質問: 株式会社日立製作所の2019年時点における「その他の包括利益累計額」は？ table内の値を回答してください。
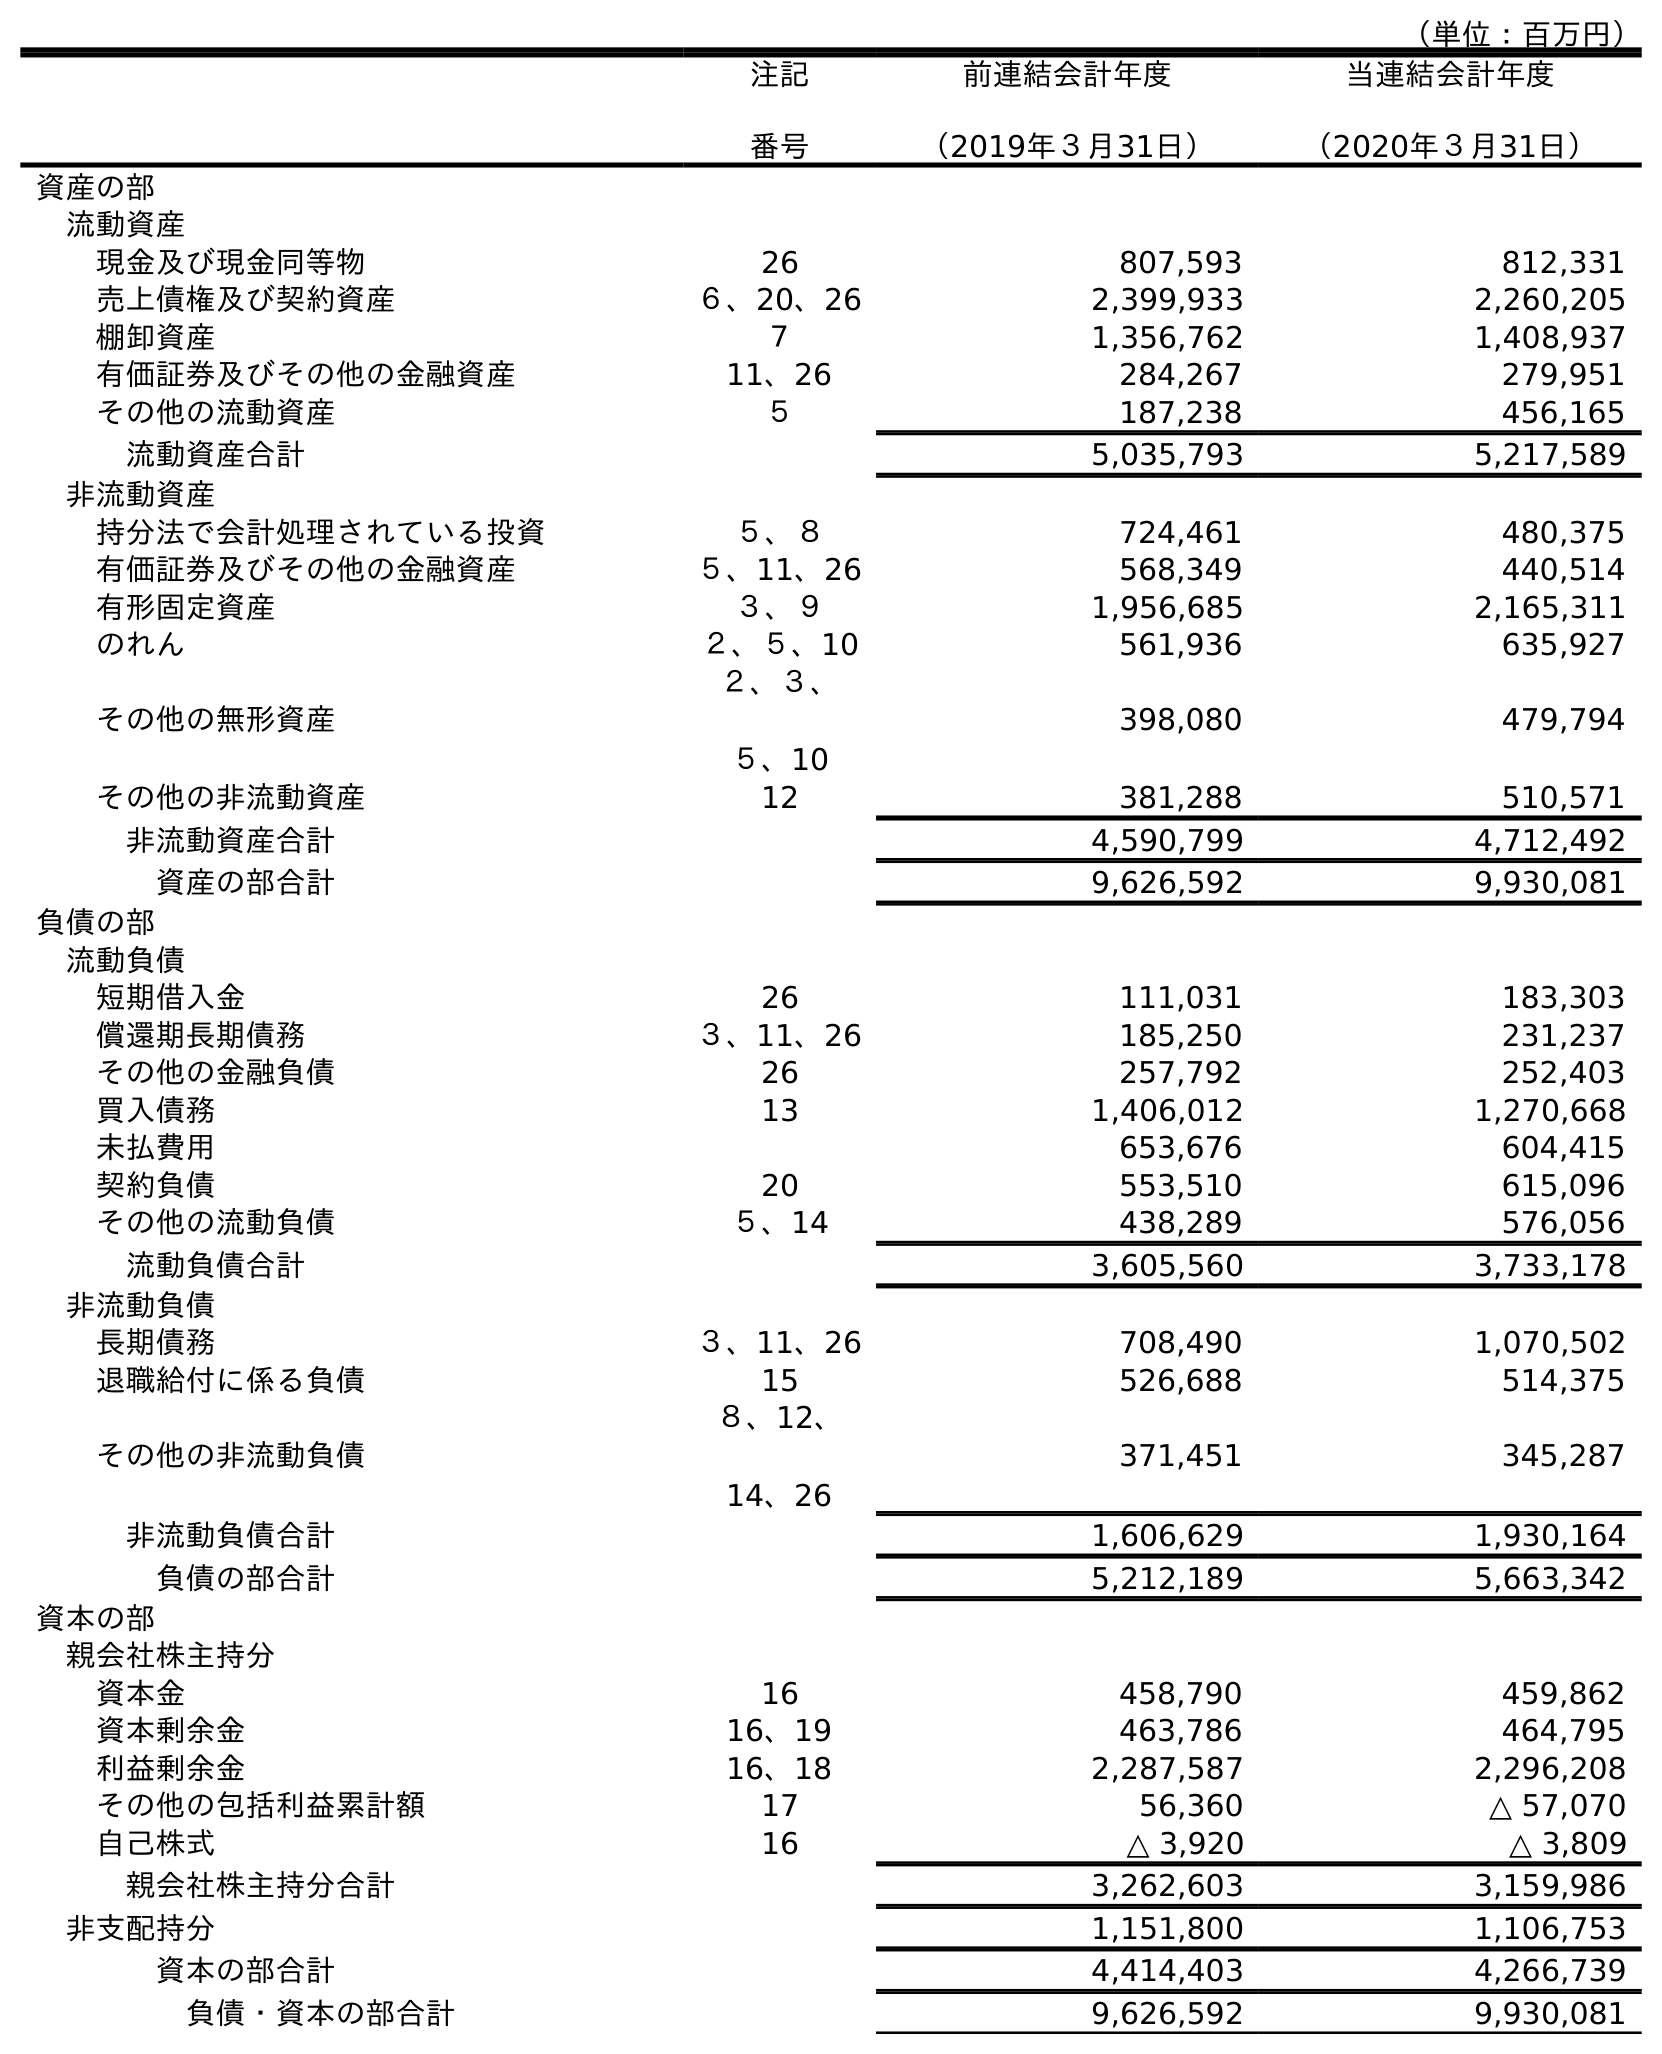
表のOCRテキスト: （単位：百万円） 注記 番号 前連結会計年度 （2019年３月31日） 当連結会計年度 （2020年３月31日） 資産の部 流動資産 現金及び現金同等物 26 807,593 812,331 売上債権及び契約資産 ６、20、26 2,399,933 2,260,205 棚卸資産 ７ 1,356,762 1,408,937 有価証券及びその他の金融資産 11、26 284,267 279,951 その他の流動資産 ５ 187,238 456,165 流動資産合計 5,035,793 5,217,589 非流動資産 持分法で会計処理されている投資 ５、８ 724,461 480,375 有価証券及びその他の金融資産 ５、11、26 568,349 440,514 有形固定資産 ３、９ 1,956,685 2,165,311 のれん ２、５、10 561,936 635,927 その他の無形資産 ２、３、 ５、10 398,080 479,794 その他の非流動資産 12 381,288 510,571 非流動資産合計 4,590,799 4,712,492 資産の部合計 9,626,592 9,930,081 負債の部 流動負債 短期借入金 26 111,031 183,303 償還期長期債務 ３、11、26 185,250 231,237 その他の金融負債 26 257,792 252,403 買入債務 13 1,406,012 1,270,668 未払費用 653,676 604,415 契約負債 20 553,510 615,096 その他の流動負債 ５、14 438,289 576,056 流動負債合計 3,605,560 3,733,178 非流動負債 長期債務 ３、11、26 708,490 1,070,502 退職給付に係る負債 15 526,688 514,375 その他の非流動負債 ８、12、 14、26 371,451 345,287 非流動負債合計 1,606,629 1,930,164 負債の部合計 5,212,189 5,663,342 資本の部 親会社株主持分 資本金 16 458,790 459,862 資本剰余金 16、19 463,786 464,795 利益剰余金 16、18 2,287,587 2,296,208 その他の包括利益累計額 17 56,360 △ 57,070 自己株式 16 △ 3,920 △ 3,809 親会社株主持分合計 3,262,603 3,159,986 非支配持分 1,151,800 1,106,753 資本の部合計 4,414,403 4,266,739 負債・資本の部合計 9,626,592 9,930,081
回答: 56,360